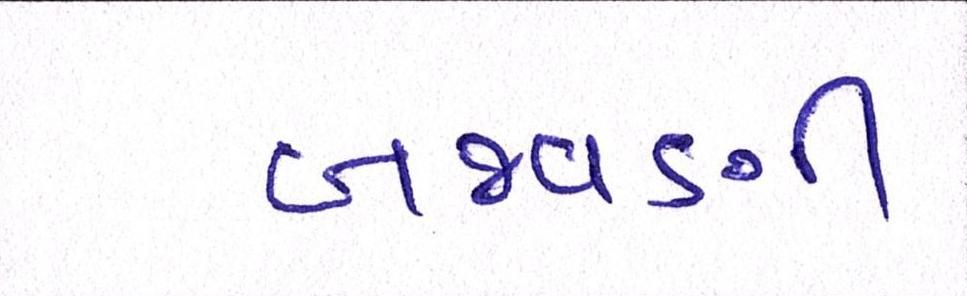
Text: બજવણી